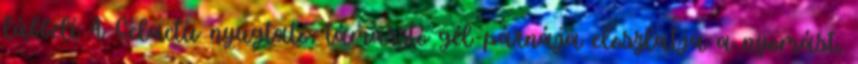
lábbeli A Gelactiv nyugtató, támasztó gél-párnája eloszlatja a nyomást,